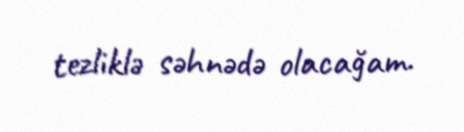
tezliklə səhnədə olacağam.